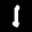
Digit: 1